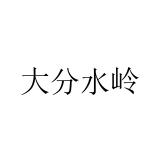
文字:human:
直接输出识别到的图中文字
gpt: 大分水岭